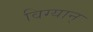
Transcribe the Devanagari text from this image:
विग्यान्